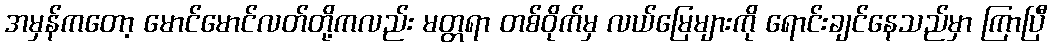
အမှန်ကတော့ မောင်မောင်လတ်တို့ကလည်း မတ္တရာ တစ်ဝိုက်မှ လယ်မြေများကို ရောင်းချင်နေသည်မှာ ကြာပြီ